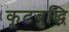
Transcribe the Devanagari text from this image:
कूटबुद्धि